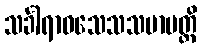
သင်္ခါရာဝသေသသမာပတ္တိ